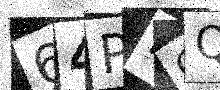
Text: 64PDCQ